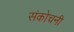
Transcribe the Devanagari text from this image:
संकोचनी